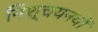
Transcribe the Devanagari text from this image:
निश्चयनयों